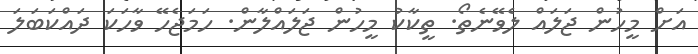
އަށް މީހުން ޖަލައް ލެވޭނެތޯ. ތީކާކު މީހުން ޖަލައްލާން. ހަމަޖެހޭ ވާހަކަ ދައްކަބަލަ